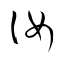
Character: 汝